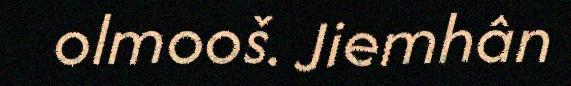
olmooš. Jiemhân